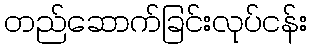
တည်ဆောက်ခြင်းလုပ်ငန်း